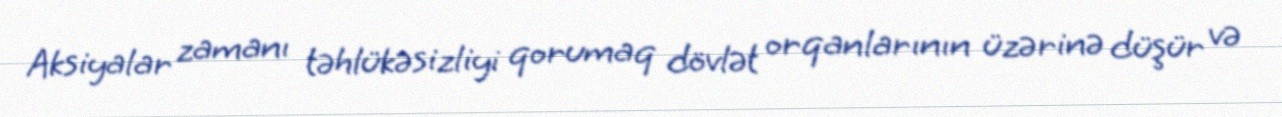
Aksiyalar zamanı təhlükəsizliyi qorumaq dövlət orqanlarının üzərinə düşür və